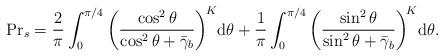
LaTeX: \begin{align*} {\rm Pr}_s = \frac{2}{\pi} \int_0^{\pi / 4} \left( \frac{\cos^2 \theta}{\cos^2 \theta + \bar{\gamma}_b} \right)^{\!K} \! \mathrm{d}\theta + \frac{1}{\pi} \int_0^{\pi / 4} \left(\frac{\sin^2 \theta}{\sin^2 \theta + \bar{\gamma}_b}\right)^{\!K} \! \mathrm{d} \theta.\end{align*}